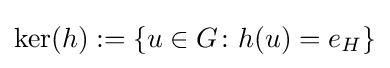
\operatorname {ker} (h):=\left\{u\in G\colon h(u)=e_{H}\right\}